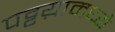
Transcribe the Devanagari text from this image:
पट्टय़ामध्ये